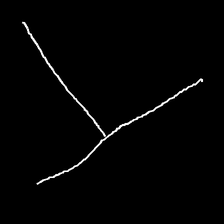
Glyph: column